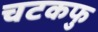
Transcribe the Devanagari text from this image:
चटकफु